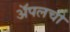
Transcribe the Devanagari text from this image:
अॅपलची